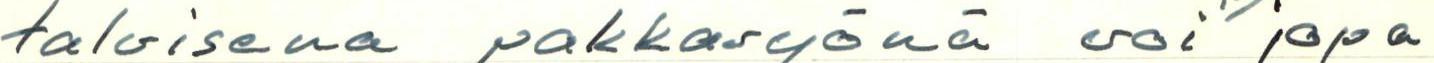
talvisena pakkasyönä voi jopa